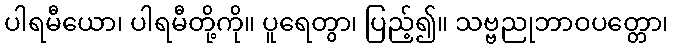
ပါရမီယော၊ ပါရမီတို့ကို။ ပူရေတွာ၊ ပြည့်၍။ သဗ္ဗညုဘာဝပတ္တော၊